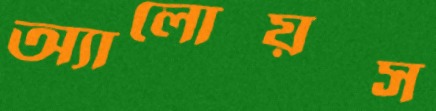
অ্যালোয়স